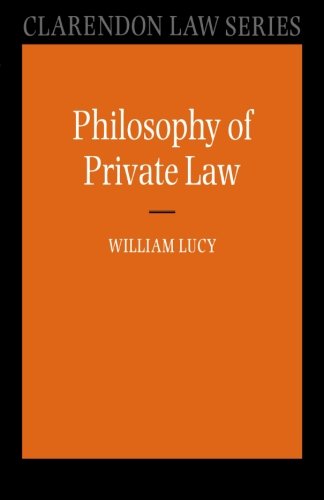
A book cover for Philosophy of Private Law (Clarendon Law Series); William Lucy; Law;